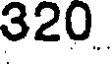
320.